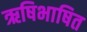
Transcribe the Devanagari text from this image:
ऋषिभाषित